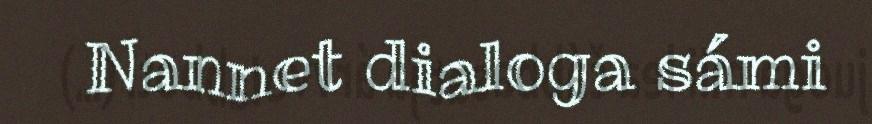
Nannet dialoga sámi